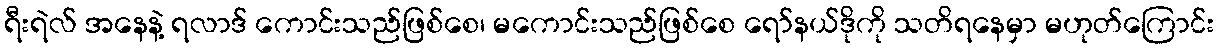
ရီးရဲလ် အနေနဲ့ ရလာဒ် ကောင်းသည်ဖြစ်စေ၊ မကောင်းသည်ဖြစ်စေ ရော်နယ်ဒိုကို သတိရနေမှာ မဟုတ်ကြောင်း